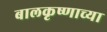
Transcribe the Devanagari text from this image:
बालकृष्णाच्या